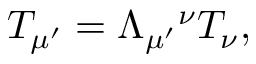
T _ { \mu ^ { \prime } } = \Lambda _ { \mu ^ { \prime } } { } ^ { \nu } T _ { \nu } ,